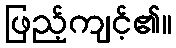
ဖြည့်ကျင့်၏။